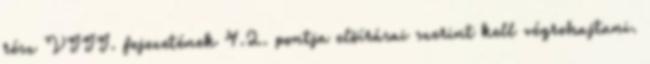
rész VIII. fejezetének 4.2. pontja elõírásai szerint kell végrehajtani.